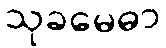
သုခမေဓာ